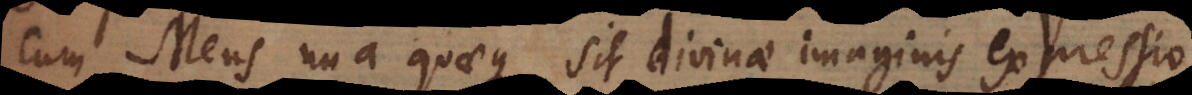
cum Mens unaquaeque sit divinae imaginis expressio